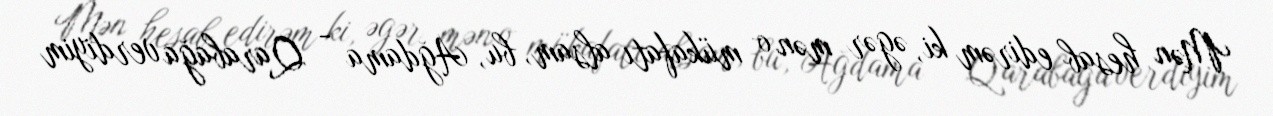
Mən hesab edirəm ki, əgər mən o mükafatı alsam, bu, Ağdama - Qarabağa verdiyim